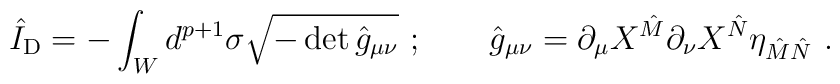
\hat I_{\rm D}  = -\int_W d^{p+1}  \sigma  \sqrt{- \det { \hat g }_{\mu\nu}}\ ;\qquad \hat g_{\mu\nu} = \partial_\mu X^{\hat M} \partial_\nu X^{\hat N}\eta _{\hat M \hat N}\ .